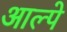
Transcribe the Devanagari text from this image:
आल्पे